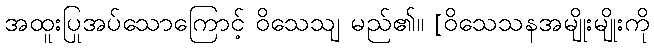
အထူးပြုအပ်သောကြောင့် ဝိသေသျ မည်၏။ [ဝိသေသနအမျိုးမျိုးကို